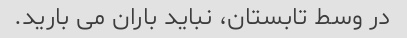
در وسط تابستان، نباید باران می بارید.